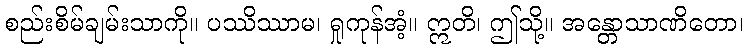
စည်းစိမ်ချမ်းသာကို။ ပဿိဿာမ၊ ရှုကုန်အံ့။ ဣတိ၊ ဤသို့။ အန္တောသာဏိတော၊